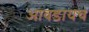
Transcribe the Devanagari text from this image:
आवडायचं